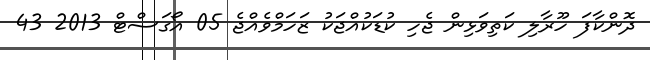
ދޮންކާފަ ހޫރާލި ކަތިވަޅިން ޖެހި ކުޑަކުއްޖަކު ޒަހަމްވެއްޖެ 05 އޯގަސްޓް 2013 43